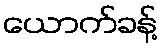
ယောက်ခန့်